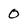
Character: 0